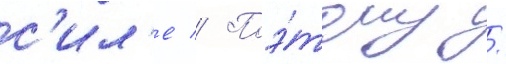
с'ил'е // Поэ́тому /